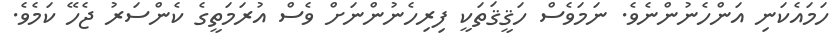
ހަމައެކަނި އަންހެނުންނެވެ. ނަމަވެސް ހަޤީޤަތަކީ ފިރިހެނުންނަށް ވެސް އުރަމަތީގެ ކެންސަރު ޖެހޭ ކަމެެވެ.